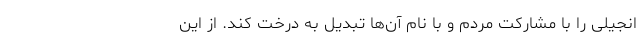
انجیلی را با مشارکت مردم و با نام آ‌‌ن‌ها تبدیل به درخت کند. از این